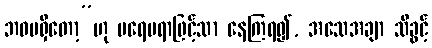
ဘဝမရှိတော့”ဟု မရေမရာဖြင့်သာ နေကြရ၍, အသေအချာ သိခွင့်